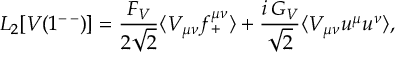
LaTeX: { \cal L } _ { 2 } [ V ( 1 ^ { - \, - } ) ] = \frac { F _ { V } } { 2 \sqrt { 2 } } \langle V _ { \mu \nu } f _ { + } ^ { \mu \nu } \rangle + \frac { i \, G _ { V } } { \sqrt { 2 } } \langle V _ { \mu \nu } u ^ { \mu } u ^ { \nu } \rangle ,